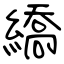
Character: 繑